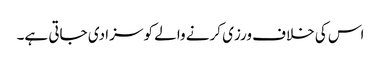
اس کی خلاف ورزی کرنے والے کو سزا دی جاتی ہے۔